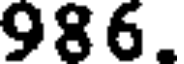
986.